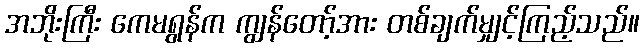
အဘိုးကြီး ကေမရွန်က ကျွန်တော့်အား တစ်ချက်မျှင့်ကြည့်သည်။